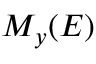
M _ { y } ( E )